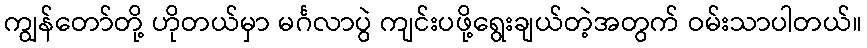
ကျွန်တော်တို့ ဟိုတယ်မှာ မင်္ဂလာပွဲ ကျင်းပဖို့ရွေးချယ်တဲ့အတွက် ဝမ်းသာပါတယ်။